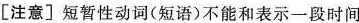
[注意]短暂性动词(短语)不能和表示一段时间